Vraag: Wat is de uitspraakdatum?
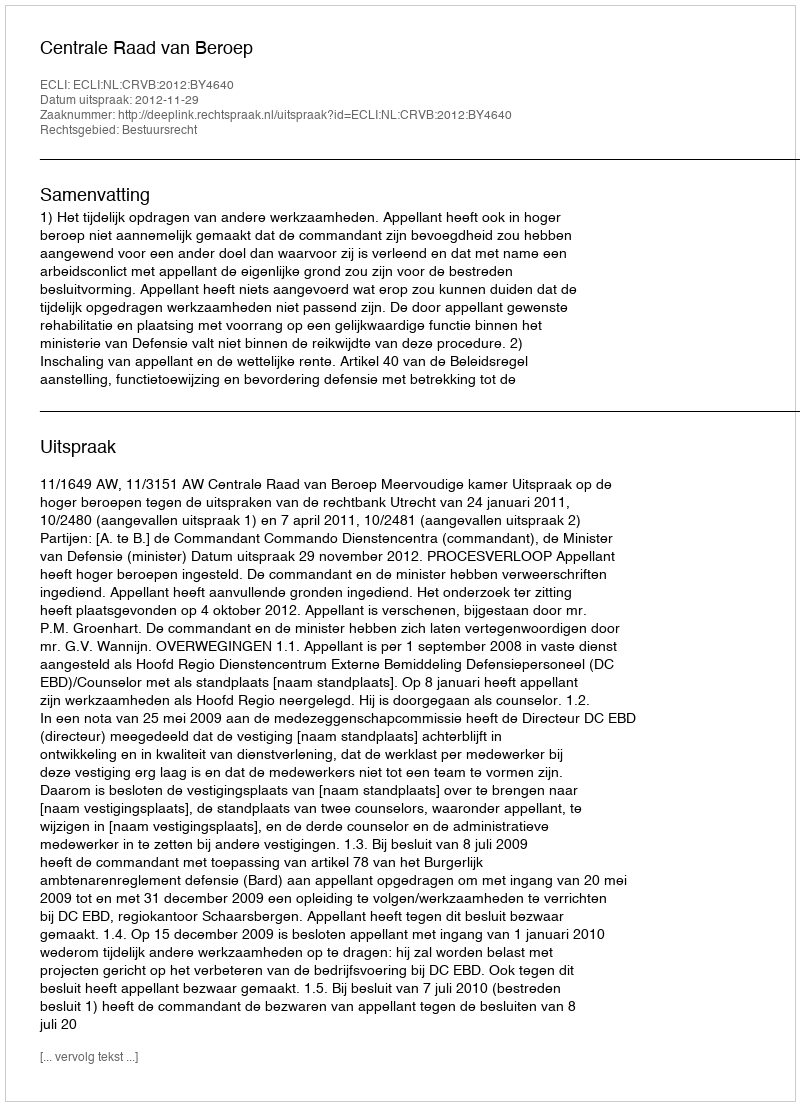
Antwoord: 2012-11-29